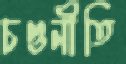
চণ্ডনীতি